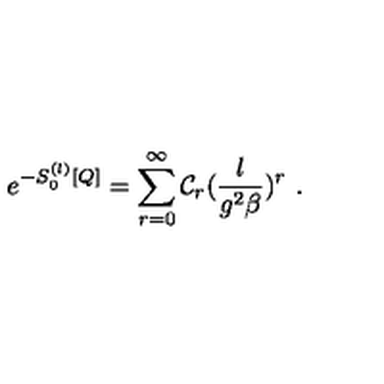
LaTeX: e ^ { - S _ { 0 } ^ { ( l ) } [ Q ] } = \sum _ { r = 0 } ^ { \infty } { \cal C } _ { r } ( \frac { l } { g ^ { 2 } \beta } ) ^ { r } \ .